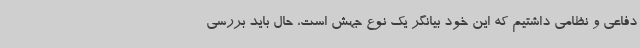
دفاعی و نظامی داشتیم که این خود بیانگر یک نوع جهش است، حال باید بررسی